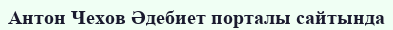
Антон Чехов Әдебиет порталы сайтында